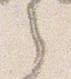
之